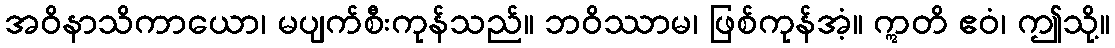
အဝိနာသိကာယော၊ မပျက်စီးကုန်သည်။ ဘဝိဿာမ၊ ဖြစ်ကုန်အံ့။ ဣတိ ဧဝံ၊ ဤသို့။